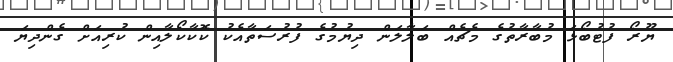
ޔޫރޯ ފުޓުބޯޅަ މުބާރާތުގެ މެޗެއް ބަލާލަން ދިޔުމުގެ ފުރުސަތާއެކު ކޮކާކޯލާއިން ކުރިއަށް ގެންދިޔަ